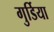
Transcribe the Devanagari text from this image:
गुर्डिया